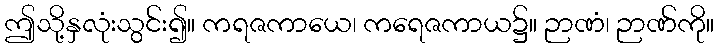
ဤသို့နှလုံးသွင်း၍။ ကရဇကာယေ၊ ကရေဇကာယ၌။ ဉာဏံ၊ ဉာဏ်ကို။